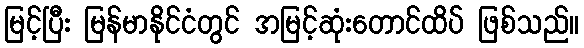
မြင့်ပြီး မြန်မာနိုင်ငံတွင် အမြင့်ဆုံးတောင်ထိပ် ဖြစ်သည်။